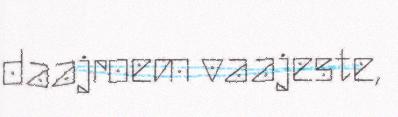
daajroem vaajeste,